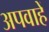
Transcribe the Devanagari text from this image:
अपवाहें